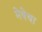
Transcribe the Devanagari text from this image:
मेषेचा